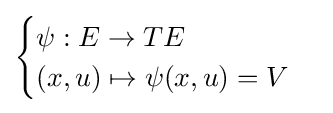
{\begin{cases}\psi :E\to TE\\(x,u)\mapsto \psi (x,u)=V\end{cases}}